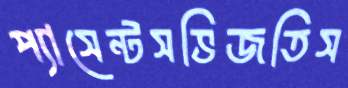
প্যাসেন্টসভিজতিস